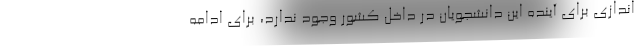
اندازی برای آینده این دانشجویان در داخل کشور وجود ندارد، برای ادامه